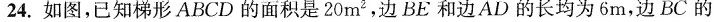
24.如图，已知梯形ABCD的面积是20m^{2}，边BE和边AD的长均为6m，边BC的